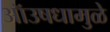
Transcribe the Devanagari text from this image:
ऑउषधामुळे